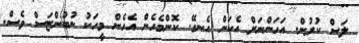
ލަސް ކުރުން. އަހަންނަށް އެކަން އެނގޭ. ކޮންމެހެން އެހެން މީހަކު ނުބުންޏަސް ވެސް.